Vaccination United Provinces of Agra and Oudh 1923-1928 - 1923-1928
Year: 1923
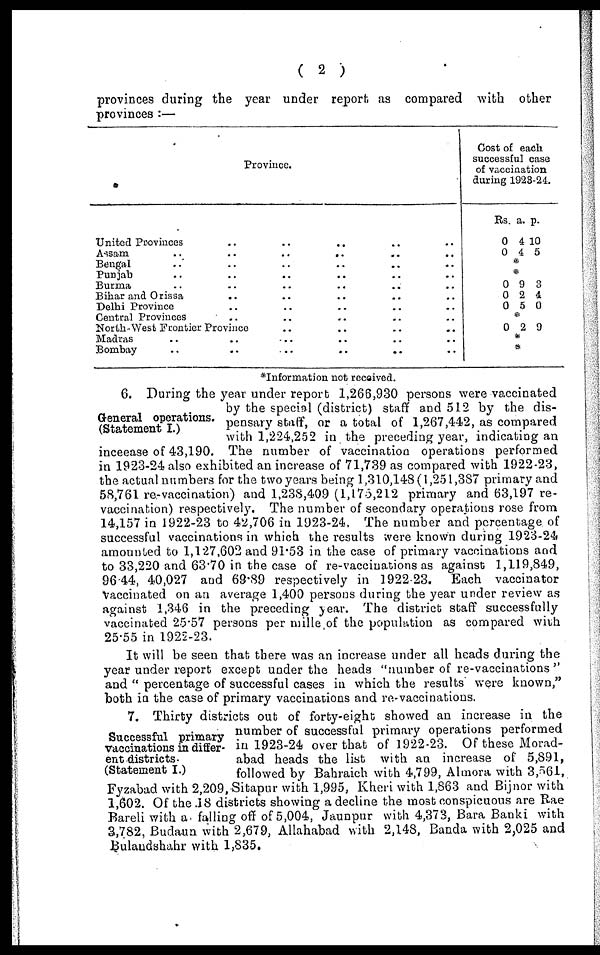
( 2 )
provinces during the year under report as compared with other
provinces :—
Province.
United Provinces .. .. .. .. .. ..
Assam
..
..
..
..
..
..
Bengal .. .. .. .. .. ..
PUNJAB .. .. .. .. ..
Burma .. .. .. .. ..
Bihar and Orissa .. .. .. .. ..
Delhi Province .. .. .. ..
Central Provinces
North-West Frontier Province .. .. .. ..
Madras .. .. .. .. ..
Bombay .. .. .. ..
Cost of each
successful case
of vaccination
during 1923-24.
Rs.
0
0
a.
4
4
p.
10
5
*
*
0
0
0
9
2
5
3
4
0
*
0 2 9
*
*
*Information not received.
General operations.
(Statement I.)
6. During the year under report 1,266,930 persons were vaccinated
by the special (district) staff and 512 by the dis-
pensary staff, or a total of 1,267,442, as compared
with 1,224,252 in the preceding year, indicating an
incecase of 43,190. The number of vaccination operations performed
in 1923-24 also exhibited an increase of 71,739 as compared with 1922-23,
the actual numbers for the two years being 1,310,148(1,251,387 primary and
58,761 re-vaccination) and 1,238,409 (1,175,212 primary and 63,197 re-
vaccination) respectively. The number of secondary operations rose from
14,157 in 1922-23 to 42,706 in 1923-24. The number and percentage of
successful vaccinations in which the results were known during 1923-24
amounted to 1,127,602 and 91.53 in the case of primary vaccinations and
to 33,220 and 63.70 in the case of re-vaccinations as against 1,119,849,
96.44, 40,027 and 69.89 respectively in 1922-23. Each vaccinator
vaccinated on an average 1,400 persons during the year under review as
against 1,346 in the preceding year. The district staff successfully
vaccinated 25.57 persons per mille of the population as compared with
25.55 in 1922-23.
It will be seen that there was an increase under all heads during the
year under report except under the heads "number of re-vaccinations "
and " percentage of successful cases in which the results were known,"
both in the case of primary vaccinations and re-vaccinations.
Successful primary
vaccinations in differ-
ent districts.
(Statement I.)
7. Thirty districts out of forty-eight showed an increase in the
number of successful primary operations performed
in 1923-24 over that of 1922-23. Of these Morad-
abad heads the list with an increase of 5,891,
followed by Bahraich with 4,799, Almora with 3,561,
Fyzabad with 2,209, Sitapur with 1,995, Kheri with 1,863 and Bijnor with
1,602. Of the .18 districts showing a decline the most conspicuous are Rae
Bareli with as falling off of 5,004, Jaunpur with 4,373, Bara Banki with
3,782, Budaun with 2,679, Allahabad with 2,148, Banda with 2,025 and
Bulandshahr with 1,835.